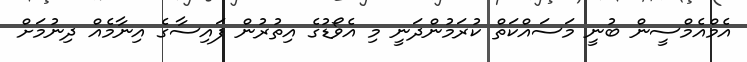
އެމްއެމްސީން ބުނީ މަސައްކަތް ކުރަމުންދަނީ މި އެވޯޑުގެ އިތުރުން ފައިސާގެ އިނާމެއް ދިނުމަށް